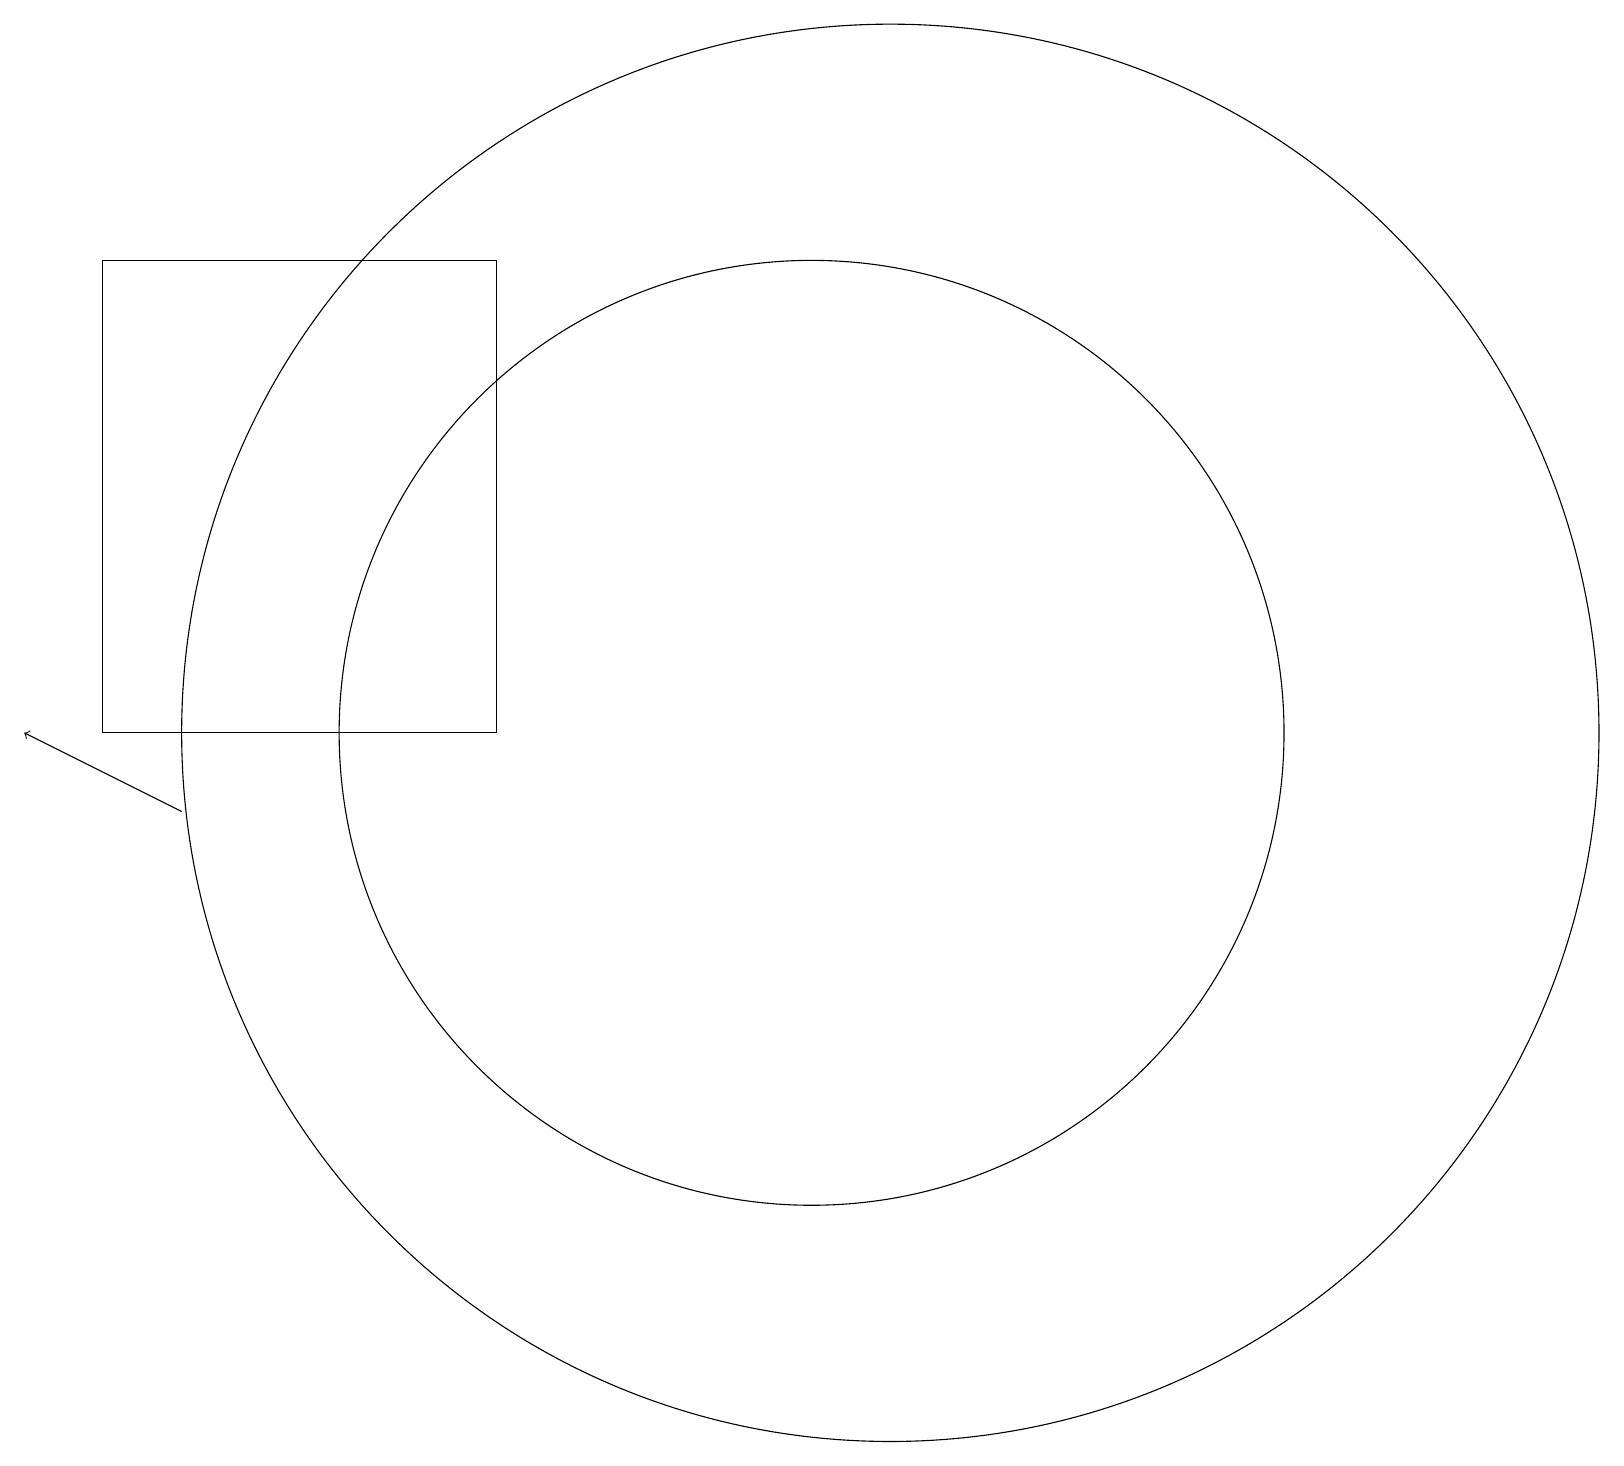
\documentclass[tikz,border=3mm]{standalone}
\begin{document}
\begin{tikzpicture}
\draw (7,12) rectangle (2,18);
\draw (12,12) circle (9);
\draw (11,12) circle (6);
\draw[->] (3,11) -- (1,12);
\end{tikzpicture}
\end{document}